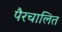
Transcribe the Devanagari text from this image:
पैरचालित